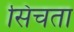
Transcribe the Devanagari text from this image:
सिंचता